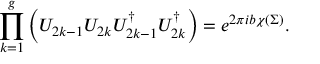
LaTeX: \prod _ { k = 1 } ^ { g } \left( { \cal U } _ { 2 k - 1 } { \cal U } _ { 2 k } { \cal U } _ { 2 k - 1 } ^ { \dagger } { \cal U } _ { 2 k } ^ { \dagger } \right) = e ^ { 2 \pi i b \chi ( \Sigma ) } .